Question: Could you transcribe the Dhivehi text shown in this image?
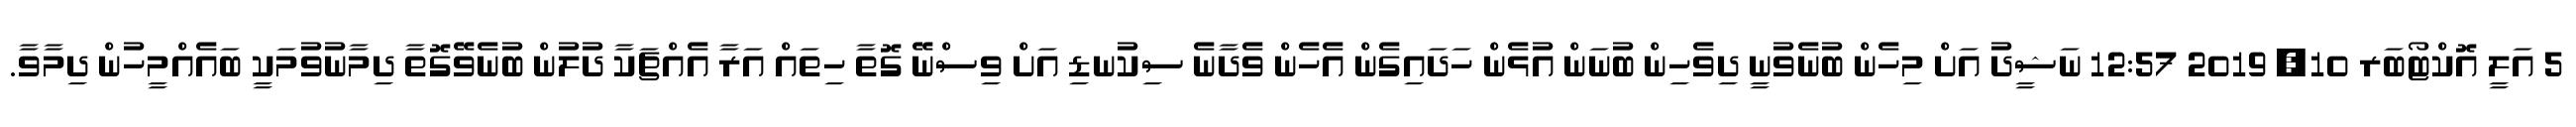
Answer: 5 އަލީ އޮކްޓޯބަރ 10, 2019 12:57 ނަޝީދު އަށް މިހެން ބުނެވުނީ ދިވެހިން ބުނަން އުޅެން ހަދައިގެން އެހެން ވެދާނެ ސިކުނޑި އަށް ވިސްނޭ ގޮތާ ހިތައް އަރާ އެއްޗަކާ ދުލުން ބުނެވޭގޮތާ ދިމާނުވުމަކީ ބައެއްމީހުން ދިމާވާ.